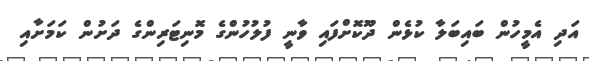
އަދި އެމީހުން ބައިބަލާ ކުޅެން ދޫކޮށްފައި ވާނީ ފުލުހުންގެ މޮނިޓަރިންގެ ދަށުން ކަމަށާއި